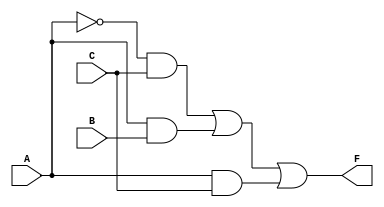
module kmap_3var (
    input wire A,  // Input variable A
    input wire B,  // Input variable B
    input wire C,  // Input variable C
    output wire F  // Output variable F
);

// Implementing the simplified Boolean expression
assign F = (~A & C) | (A & B) | (A & C);

endmodule